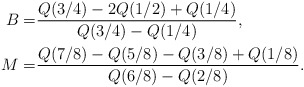
\begin{align*}B=&\frac{Q(3/4)-2Q(1/2)+Q(1/4)}{Q(3/4)-Q(1/4)},\\M=&\frac{Q(7/8)-Q(5/8)-Q(3/8)+Q(1/8)}{Q(6/8)-Q(2/8)}.\end{align*}